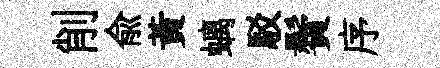
削兪黄螭駁鬢序